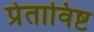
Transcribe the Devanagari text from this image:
प्रेताविष्ट